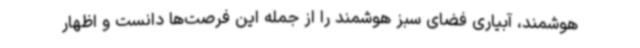
هوشمند، آبیاری فضای سبز هوشمند را از جمله این فرصت‌ها دانست و اظهار